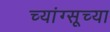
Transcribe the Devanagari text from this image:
च्यांग्सूच्या